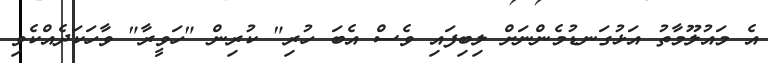
އެ މައުލޫމާތު އަޅުގަނޑުމެންނަށް ލިބިފައި ވެސް އެބަ ހުރި" ކުރިން "ހަވީރާ" ވާހަކަދެއްކެވި